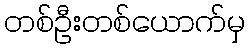
တစ်ဦးတစ်ယောက်မှ